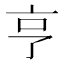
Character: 亨